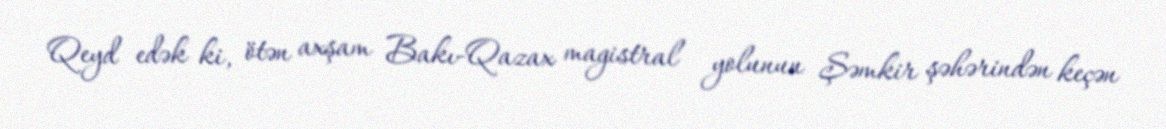
Qeyd edək ki, ötən axşam Bakı-Qazax magistral yolunun Şəmkir şəhərindən keçən